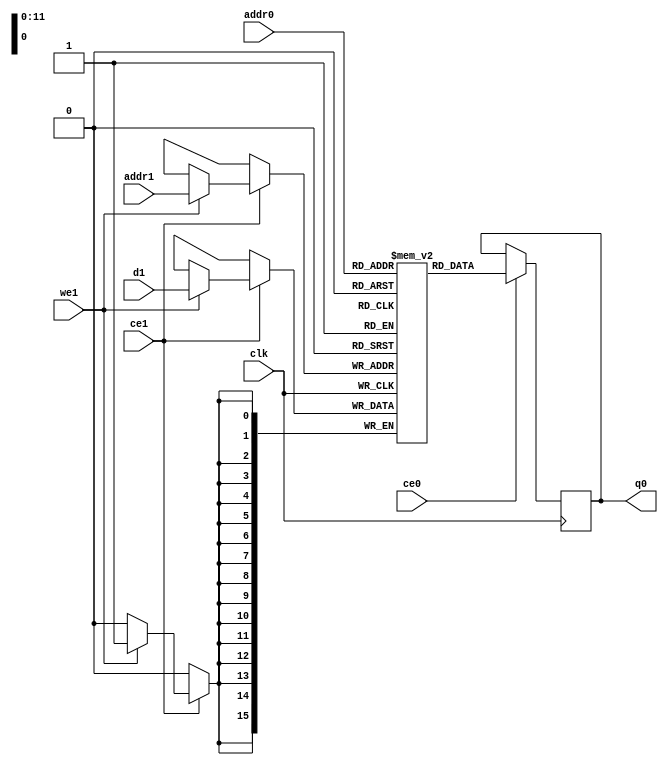
// ==============================================================
// File generated by Vivado(TM) HLS - High-Level Synthesis from C, C++ and SystemC
// Version: 2017.4
// Copyright (C) 1986-2017 Xilinx, Inc. All Rights Reserved.
// 
// ==============================================================

`timescale 1 ns / 1 ps
module line_buffer_6_bufcud_ram (addr0, ce0, q0, addr1, ce1, d1, we1,  clk);

parameter DWIDTH = 16;
parameter AWIDTH = 12;
parameter MEM_SIZE = 2080;

input[AWIDTH-1:0] addr0;
input ce0;
output reg[DWIDTH-1:0] q0;
input[AWIDTH-1:0] addr1;
input ce1;
input[DWIDTH-1:0] d1;
input we1;
input clk;

(* ram_style = "block" *)reg [DWIDTH-1:0] ram[0:MEM_SIZE-1];




always @(posedge clk)  
begin 
    if (ce0) 
    begin
            q0 <= ram[addr0];
    end
end


always @(posedge clk)  
begin 
    if (ce1) 
    begin
        if (we1) 
        begin 
            ram[addr1] <= d1; 
        end 
    end
end


endmodule


`timescale 1 ns / 1 ps
module line_buffer_6_bufcud(
    reset,
    clk,
    address0,
    ce0,
    q0,
    address1,
    ce1,
    we1,
    d1);

parameter DataWidth = 32'd16;
parameter AddressRange = 32'd2080;
parameter AddressWidth = 32'd12;
input reset;
input clk;
input[AddressWidth - 1:0] address0;
input ce0;
output[DataWidth - 1:0] q0;
input[AddressWidth - 1:0] address1;
input ce1;
input we1;
input[DataWidth - 1:0] d1;



line_buffer_6_bufcud_ram line_buffer_6_bufcud_ram_U(
    .clk( clk ),
    .addr0( address0 ),
    .ce0( ce0 ),
    .q0( q0 ),
    .addr1( address1 ),
    .ce1( ce1 ),
    .d1( d1 ),
    .we1( we1 ));

endmodule